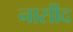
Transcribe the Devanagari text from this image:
नासीद